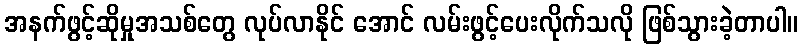
အနက်ဖွင့်ဆိုမှုအသစ်တွေ လုပ်လာနိုင် အောင် လမ်းဖွင့်ပေးလိုက်သလို ဖြစ်သွားခဲ့တာပါ။